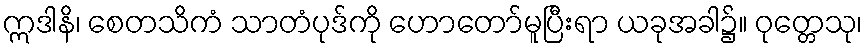
ဣဒါနိ၊ စေတသိကံ သာတံပုဒ်ကို ဟောတော်မူပြီးရာ ယခုအခါ၌။ ဝုတ္တေသု၊